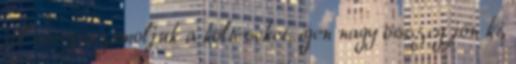
jól összeszámoljuk a költéseket, igen nagy összeg jön ki,